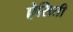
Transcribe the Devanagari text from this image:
ऐसिती